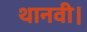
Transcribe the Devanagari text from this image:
थानवी।